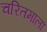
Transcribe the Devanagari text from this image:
चरितमाला